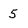
Character: 5